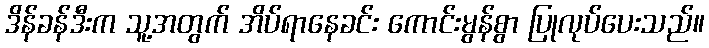
ဒိန်ခန်ဒီးက သူ့အတွက် အိပ်ရာနေခင်း ကောင်းမွန်စွာ ပြုလုပ်ပေးသည်။